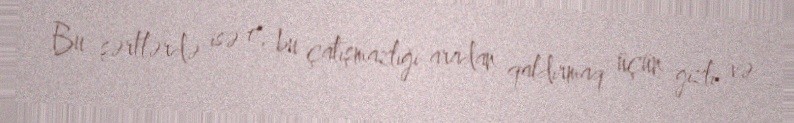
Bu şərtlərdə isə o, bu çatışmazlığı aradan qaldırmaq üçün gizli və